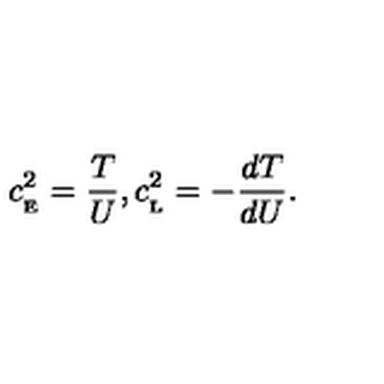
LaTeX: c _ { _ \mathrm { E } } ^ { 2 } = { \frac { T } { U } } , c _ { _ \mathrm { L } } ^ { 2 } = - { \frac { d T } { d U } } .